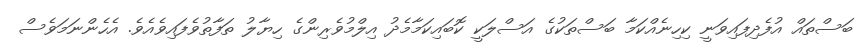
ބަސްތައް އުފެދިފައިވަނީ ކިހިނެއްކަމާ ބަސްތަކުގެ އަސްލަކީ ކޮބައިކަމާމެދު އިލްމުވެރިންގެ ހިޔާލު ތަފާތުވެފައިވެއެވެ. އެހެންނަމަވެސް